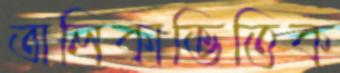
তালিকাভিত্তিক